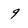
Character: 9